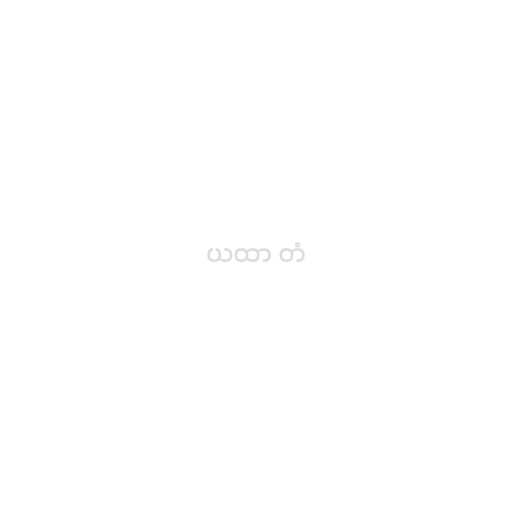
ယထာ တံ